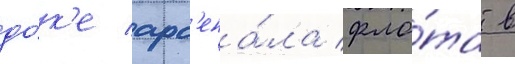
до́к'е арс'ена́ла фло́та в